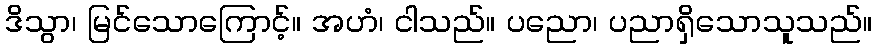
ဒိသွာ၊ မြင်သောကြောင့်။ အဟံ၊ ငါသည်။ ပညော၊ ပညာရှိသောသူသည်။